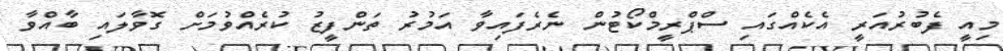
މިއީ ފެބުރުއަރީ އެކެއްގައި ސްޕްރީމްކޯޓުން ނެރެފައިވާ އަމުރު ތަންފީޒު ކުރެއްވުމަށް ގޮވާލައި ބާއްވާ